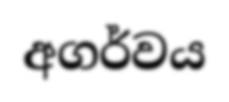
අගර්වය